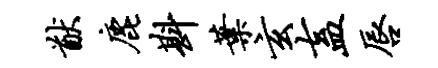
猷鹿斟叶玄盍唇